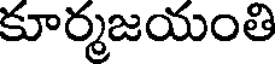
కూర్మజయంతి